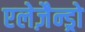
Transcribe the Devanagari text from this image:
एलेज़ैन्ड्रो